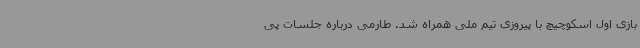
بازی اول اسکوچیچ با پیروزی تیم ملی همراه شد. طارمی درباره جلسات پی